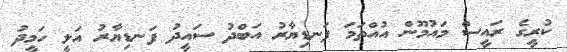
ކުރީގެ ރައީސް މައުމޫން އުއްތަމަ ފަނޑިޔާރު އަބްދު ސައީދު ފަނޑިޔާރު އަލީ ހަމީދު